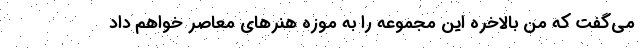
می‌گفت که من بالاخره این مجموعه را به موزه هنرهای معاصر خواهم داد